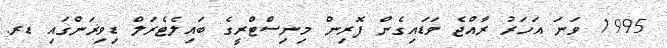
1995 ވަނަ އަހަރު ރާއްޖެ ވަޑައިގެން ފޮރިން މިނިސްޓްރީގެ ބައިލެޓެރަލް ޑިވިޜަންގައި ޑރ.